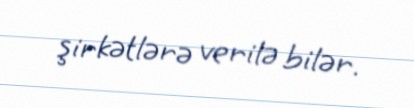
şirkətlərə verilə bilər.